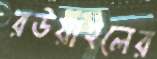
রউয়াইলের